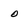
Character: 0